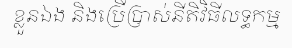
ខ្លួនឯង និងប្រើប្រាស់នីតិវិធីលទ្ធកម្ម